Problem: 3 + 42 = ?
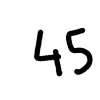
Handwritten answer: 45